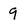
Character: 9